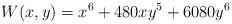
LaTeX: \begin{align*}W(x,y)=x^6 + 480xy^5 + 6080y^6\end{align*}